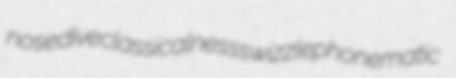
nosedive classicalness swizzle phonematic